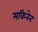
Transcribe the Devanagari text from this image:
मकिनेन